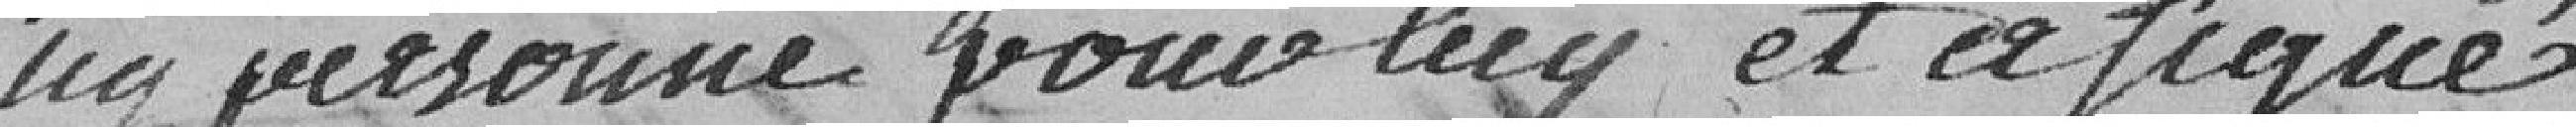
n'y personne pour lui et assigné.